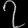
Digit: ၇